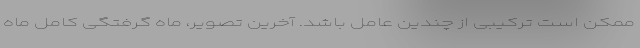
ممکن است ترکیبی از چندین عامل باشد. آخرین تصویر، ماه گرفتگی کامل ماه